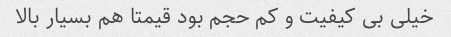
خیلی بی کیفیت و کم حجم بود قیمتا هم بسیار بالا